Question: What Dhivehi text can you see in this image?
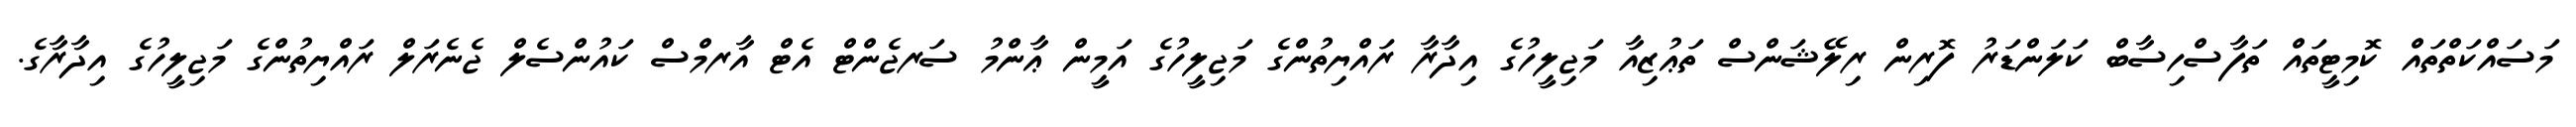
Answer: މަސައްކަތްތައް ކޮމިޓީތައް ތަފާސްހިސާބް ކަލަންޑަރު ފޮރިން ރިލޭޝަންސް ތަޢުޒިއާ މަޖިލީހުގެ އިދާރާ ރައްޔިތުންގެ މަޖިލީހުގެ އަމީން ޢާންމު ސަރޖެންޓް އެޓް އާރމްސް ކައުންސެލް ޖެނެރަލް ރައްޔިތުންގެ މަޖިލީހުގެ އިދާރާގެ.